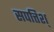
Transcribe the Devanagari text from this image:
सपत्तिश्